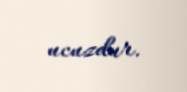
ucuzdur.